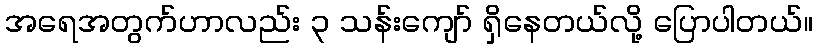
အရေအတွက်ဟာလည်း ၃ သန်းကျော် ရှိနေတယ်လို့ ပြောပါတယ်။